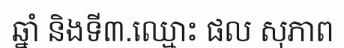
ឆ្នាំ និងទី៣.ឈ្មោះ ផល សុភាព